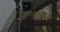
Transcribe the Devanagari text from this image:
मालकधार्जिन्या